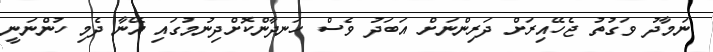
ނަމާދު ވަގުތު ޖެހޭއިރަށް ދަރިންނަށް އަބަދު ވެސް ހަނދާންކޮށްދިނުމުގައި އޭނާ ދެމި ހުންނަނީ